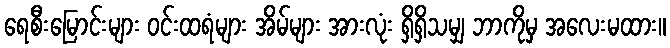
ရေစီးမြောင်းများ ဝင်းထရံများ အိမ်များ အားလုံး ရှိရှိသမျှ ဘာကိုမှ အလေးမထား။